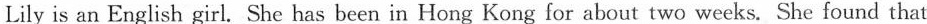
Lily is an English girl. She has been in Hong Kong for about two weeks. She found that